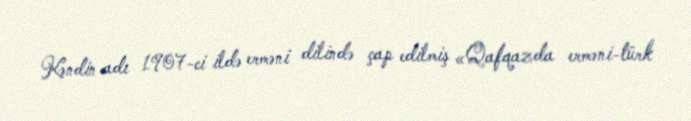
Kəndin adı 1907-ci ildə erməni dilində çap edilmiş «Qafqazda erməni-türk